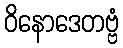
ဝိနောဒေတဗ္ဗံ